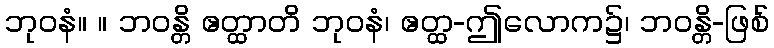
ဘုဝနံ။ ။ ဘဝန္တိ ဧတ္ထာတိ ဘုဝနံ၊ ဧတ္ထ-ဤလောက၌၊ ဘဝန္တိ-ဖြစ်